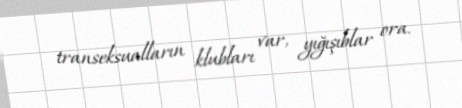
transeksualların klubları var, yığışıblar ora.